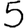
Digit: 5